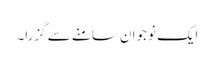
ایک نوجوان سامنے سے گزرا۔